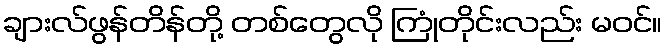
ချားလ်ဖွန်တိန်တို့ တစ်တွေလို ကြုံတိုင်းလည်း မဝင်။